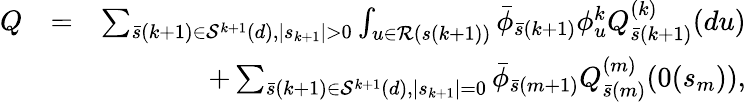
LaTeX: \begin{array}{rlr}{Q}&{=}&{\sum_{\bar{s}(k+1)\in{\cal S}^{k+1}(d),\mid s_{k+1}\mid>0}\int_{u\in{\cal R}({s}(k+1))}\bar{\phi}_{\bar{s}(k+1)}\phi_{u}^{k}Q_{\bar{s}(k+1)}^{(k)}(du)}\\ &{}&{+\sum_{\bar{s}(k+1)\in{\cal S}^{k+1}(d),\mid s_{k+1}\mid=0}\bar{\phi}_{\bar{s}(m+1)}Q_{\bar{s}(m)}^{(m)}(0(s_{m})),}\end{array}